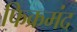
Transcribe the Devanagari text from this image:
फिक्रमंद